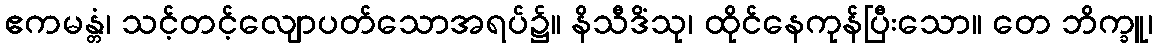
ဧကမန္တံ၊ သင့်တင့်လျောပတ်သောအရပ်၌။ နိသီဒိံသု၊ ထိုင်နေကုန်ပြီးသော။ တေ ဘိက္ခူ၊